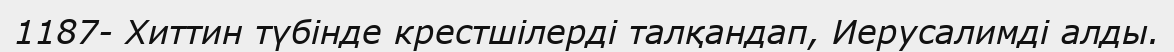
1187- Хиттин түбінде крестшілерді талқандап, Иерусалимді алды.